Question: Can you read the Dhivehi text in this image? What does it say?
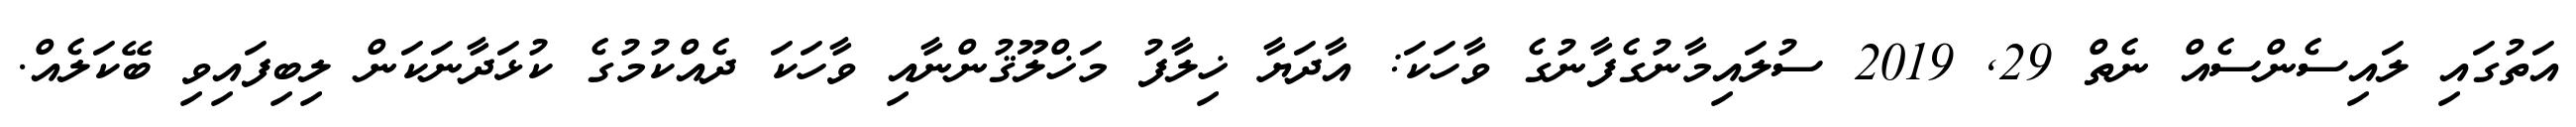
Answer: އަތުގައި ލައިސެންސެއް ނެތް 29, 2019 ސުލައިމާނުގެފާނުގެ ވާހަކަ: އާދަޔާ ޚިލާފު މަޚްލޫޤުންނާއި ވާހަކަ ދެއްކުމުގެ ކުޅަދާނަކަން ލިބިފައިވި ބޭކަލެއް.